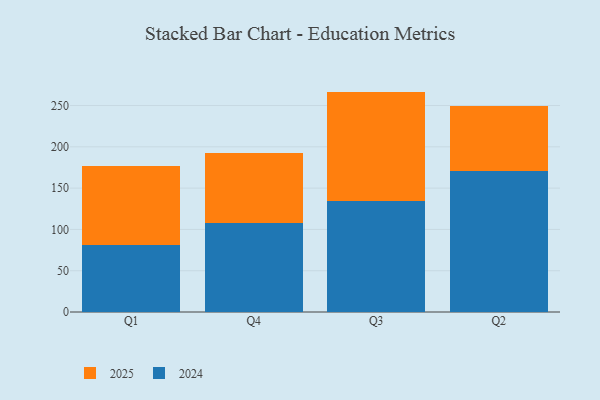
{"axis": {"x": "Quarter", "y": "Gross Profit (USD K)"}, "legend": ["2024", "2025"], "data": [{"x": "Q1", "y": 95.1, "type": "2025"}, {"x": "Q1", "y": 81.7, "type": "2024"}, {"x": "Q4", "y": 84.4, "type": "2025"}, {"x": "Q4", "y": 108.1, "type": "2024"}, {"x": "Q3", "y": 132.4, "type": "2025"}, {"x": "Q3", "y": 134.5, "type": "2024"}, {"x": "Q2", "y": 78.5, "type": "2025"}, {"x": "Q2", "y": 170.4, "type": "2024"}]}